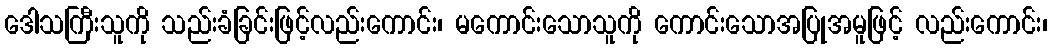
ဒေါသကြီးသူကို သည်းခံခြင်းဖြင့်လည်းကောင်း၊ မကောင်းသောသူကို ကောင်းသောအပြုအမူဖြင့် လည်းကောင်း၊